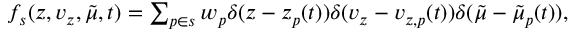
\begin{array} { r } { f _ { s } ( z , v _ { z } , \tilde { \mu } , t ) = \sum _ { p \in s } w _ { p } \delta ( z - z _ { p } ( t ) ) \delta ( v _ { z } - v _ { z , p } ( t ) ) \delta ( \tilde { \mu } - \tilde { \mu } _ { p } ( t ) ) , } \end{array}